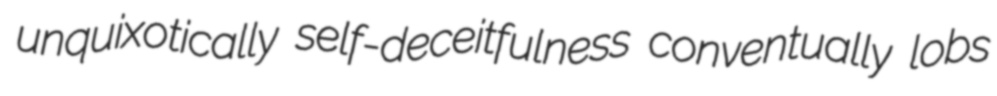
unquixotically self-deceitfulness conventually lobs